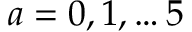
a = 0 , 1 , \hdots 5